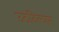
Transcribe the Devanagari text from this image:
उठविल्यास